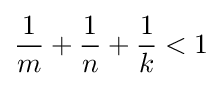
{\frac {1}{m}}+{\frac {1}{n}}+{\frac {1}{k}}<1